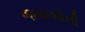
જવાબોની